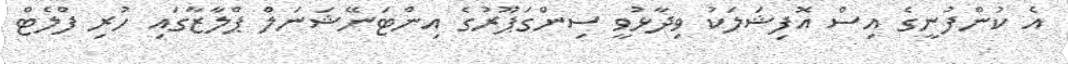
އެ ކުންފުނީގެ އިސް އޮފިޝަލަކު ވިދާޅުވީ ސިންގަޕޫރުގެ އިންޓަނޭޝަނަލް ޕްލާޒާގައި ހުރި ފްލެޓް